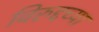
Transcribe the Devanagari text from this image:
विरुद्दच्या